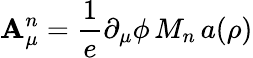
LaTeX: \mathbf{A}_{\mu}^{n}=\frac{{1}}{{e}}\partial_{\mu}\phi\, M_{n}\, a(\rho)